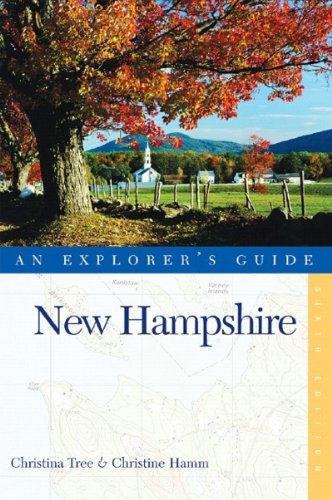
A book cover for New Hampshire: An Explorer's Guide, Sixth Edition; Christina Tree; Travel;